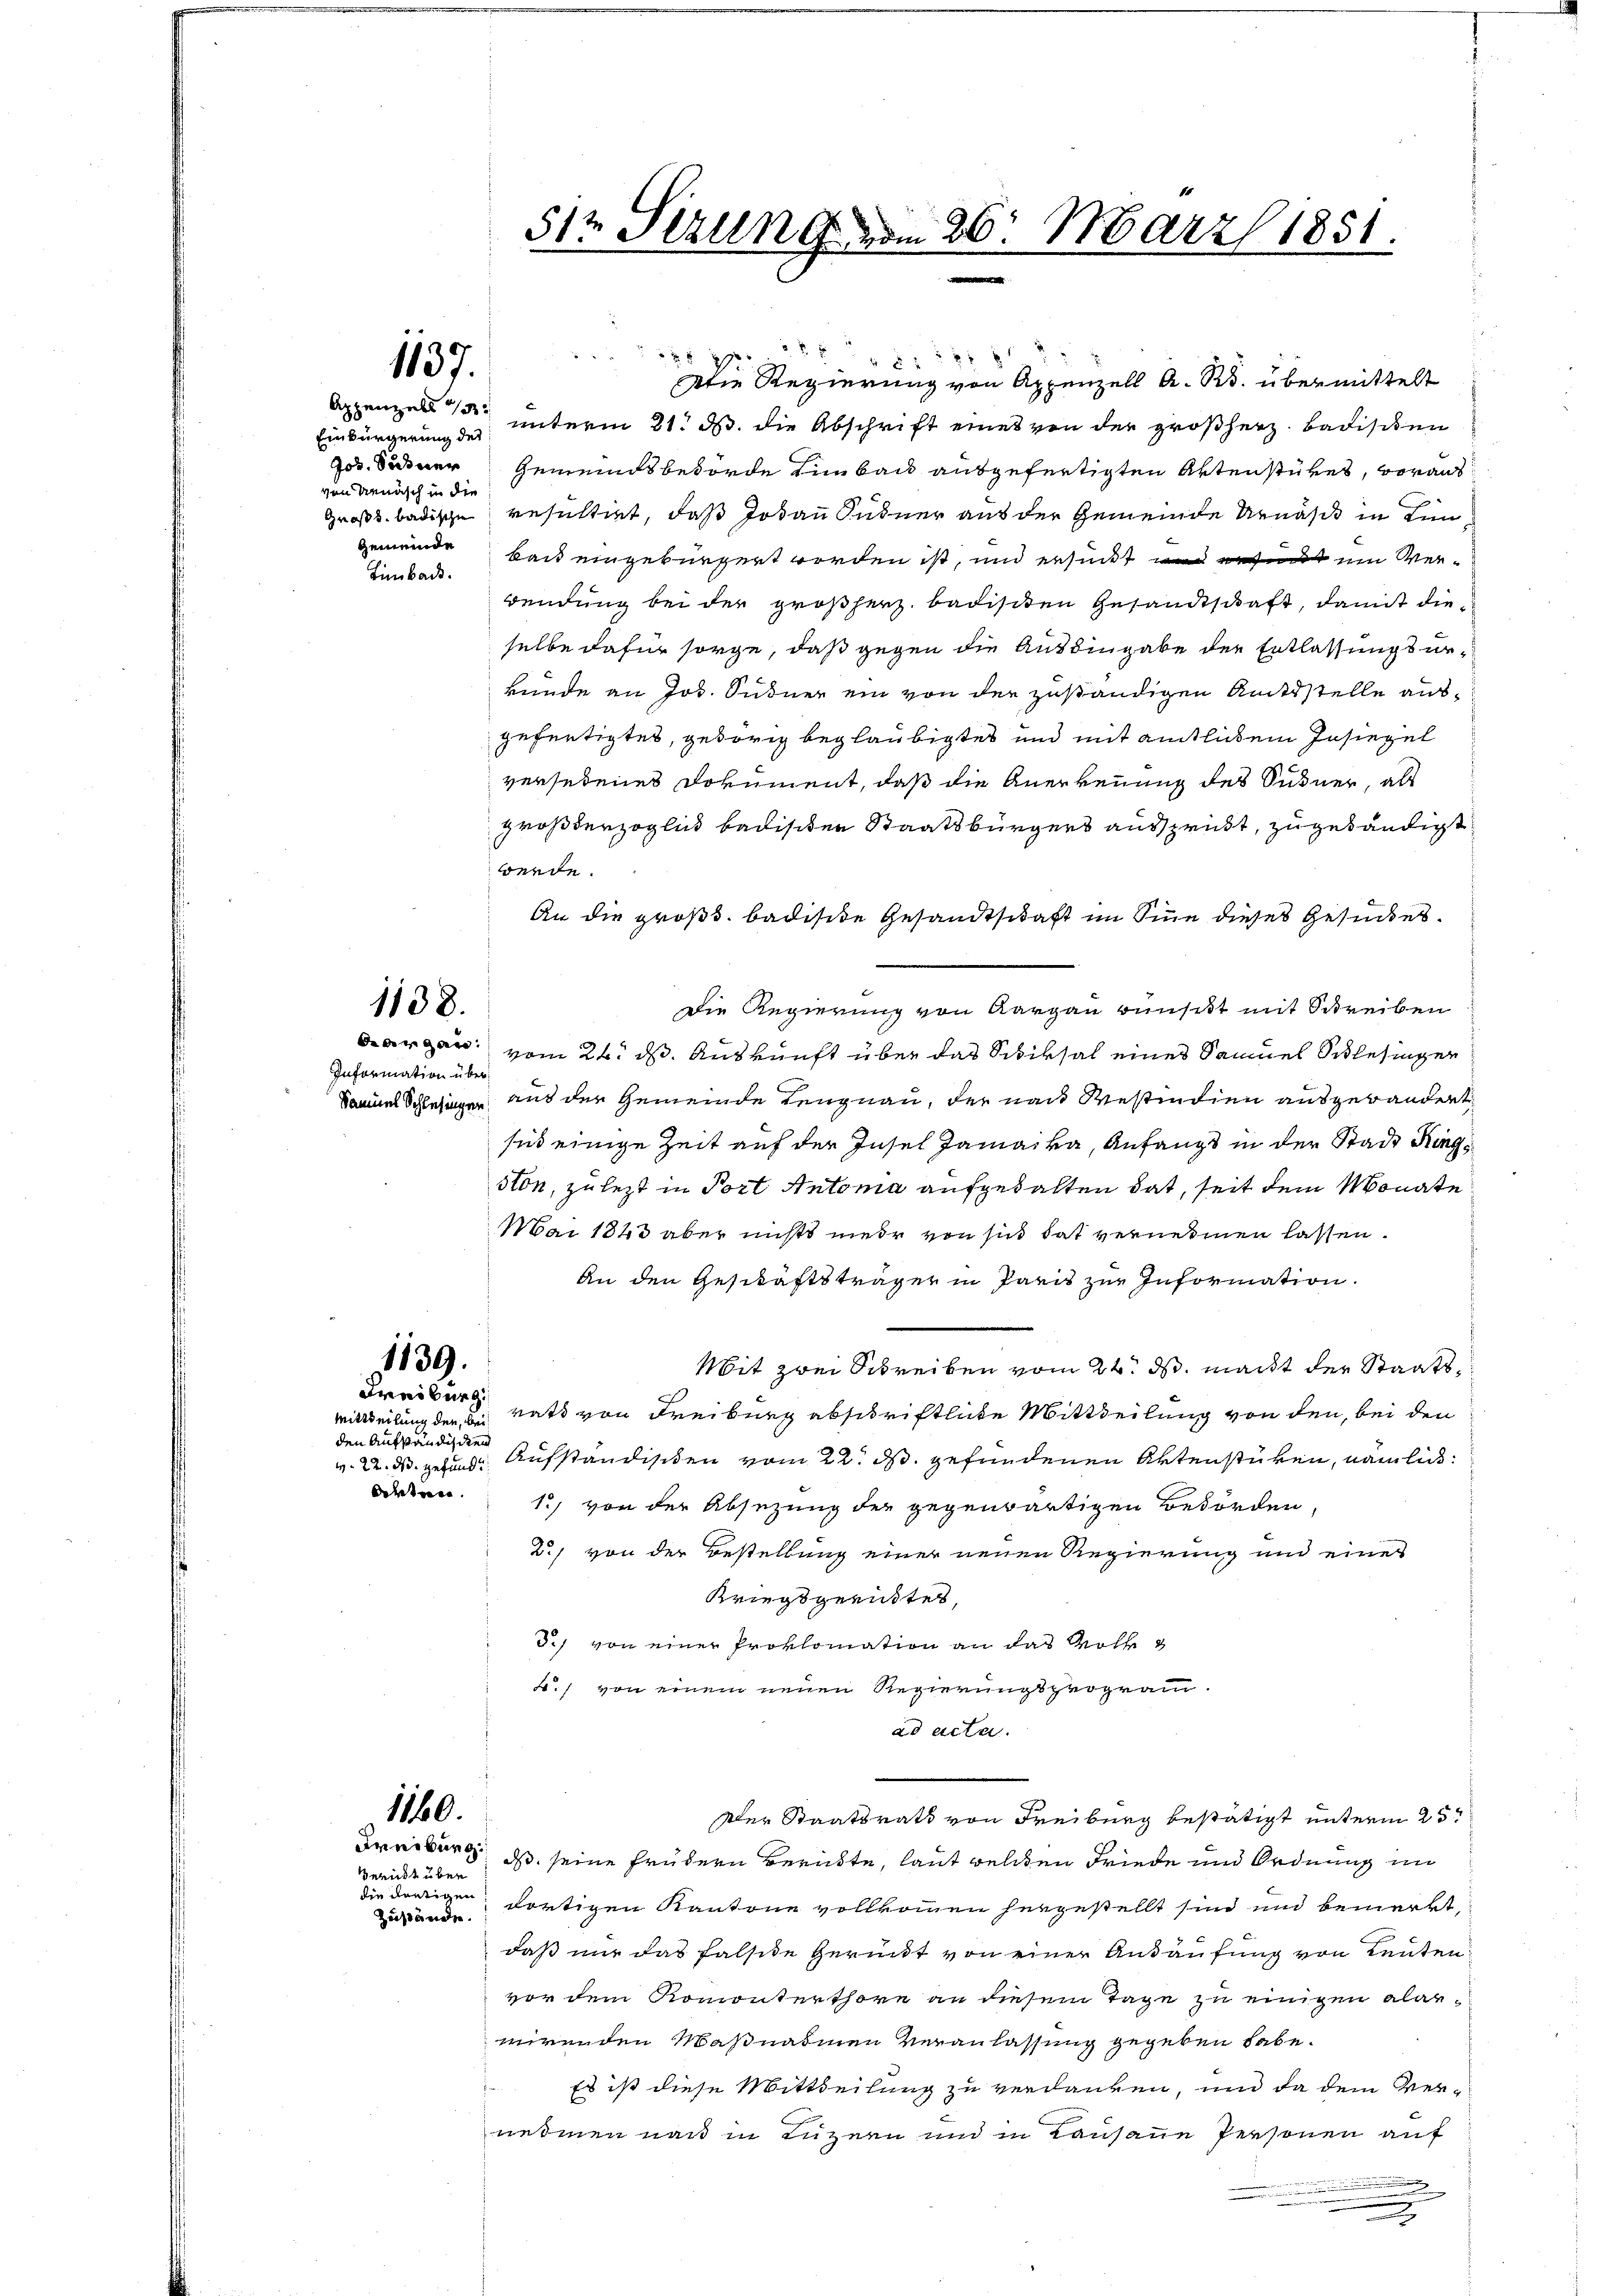
Einbürgerung des
von Aemisch in die
Zimbach.

1137.

1138.

2
8 f 52 xx
Appenzel unterm 21. d. die Abschrift eines von der großherz. Badischen
Jos. Suterer Gemeindsbehörde Limbeck ausgefertigten Aktenstükes, voraus
Großh. badische resultirt, daß Jodann Sudner aus der Gemeinde Urnäsi in Lin
gemeinde baid eingebürgert worden ist, und ersucht und er im Verwendung bei der großherz. badischen Gesandtschaft, damit dieselbe dafür sorge, daß gegen die Aushingabe der Entlassungsarkunde an Jos. Sudner ein von der zuständigen Amtsstelle ausgefertigtes, geborig beglaubigtes und mit eintlichem Insiegel
versedenes Dokument, daß die Anerkennung des Sühner, als
großderzoglich badischen Staatsbürgers aussprübt, zugetändigt
werde.
An die groß. badisite Gesandtschaft im Sinn dieses Gesuches.
Die Regierung von Aargau wünscht mit Schreiben
Kargau vom 24. ds. Auskunft über das Schiksal eines Samuel Schlesingen
Samuel Schlesingen aus der Gemeinde Lengnau, der nach Westindien ausgebändert
sit einige Zeit auf der Insel Jamaiva, Anfangs in der Stadt Ringston, zuletzt in Port Antoma aufgewalten hat, seit dem Monate
Mai 1848 aber nichts nieder von sich hat vernehmen lassen.
An den Geschäftsträger in Paris zur Information.
Mit zwei Schreiben vom 24. ds. macht der Staats¬
Mittheilung den in vatt von Freiburg abschriftliche Mittheilung von den, bei den
v. 22. d. gefund Aufständischen vom 22. d. gefundenen Aktenstüken, nämlich:
1) von der Absezung der gegenwärtigen Behörden,
2./ von der Bestellung einer neuen Regierung und eines
Kriegsgeristes,
3.) von einer Proklomation an das Wohl
b. von einem neuen Regierungsprogramad acta.
sler Staatsrath von Freiburg bestätigt unterm 25.
Freiburg ds. seine frühern Berückte, laut welchen Friede und Ordnung im
die dortigen dortigen Kantone vollkommen hergestellt sind und bemerkt,
daß nur das falsite Gerückt von einer Ankaufung von Leuten
vor dem Romonterthore an diesem Tage zu einigen alarmirenden Maßnahmen Veranlassung gegeben habe.
Es ist diese Mittheilung zu verdanken, und da dem Vernehmen nach in Luzern und in Lausann Personen auf
.

Information über

1139.
Freiburg.

den Aufständigen
Ortner

1180.
Gericht über

Zustände.

51t Sitzung vom 26. März 1851.
|

Die Regierung von Appenzell A. R. übermittelt